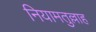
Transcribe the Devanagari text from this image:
नियामतुल्लाह